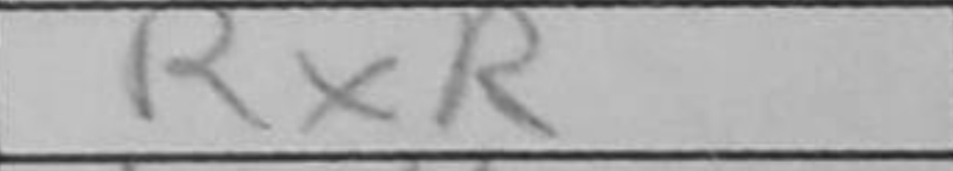
Transcription: RxR